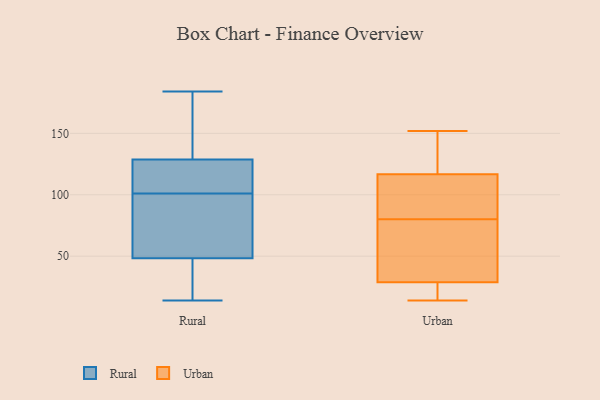
{"axis": {"x": "Headcount", "y": "Value"}, "legend": ["Rural", "Urban"], "data": [{"x": "", "y": 44, "type": "Rural"}, {"x": "", "y": 144, "type": "Rural"}, {"x": "", "y": 87, "type": "Rural"}, {"x": "", "y": 61, "type": "Rural"}, {"x": "", "y": 122, "type": "Rural"}, {"x": "", "y": 24, "type": "Rural"}, {"x": "", "y": 111, "type": "Rural"}, {"x": "", "y": 14, "type": "Rural"}, {"x": "", "y": 113, "type": "Rural"}, {"x": "", "y": 131, "type": "Rural"}, {"x": "", "y": 71, "type": "Rural"}, {"x": "", "y": 36, "type": "Rural"}, {"x": "", "y": 166, "type": "Rural"}, {"x": "", "y": 184, "type": "Rural"}, {"x": "", "y": 101, "type": "Rural"}, {"x": "", "y": 80, "type": "Urban"}, {"x": "", "y": 134, "type": "Urban"}, {"x": "", "y": 145, "type": "Urban"}, {"x": "", "y": 111, "type": "Urban"}, {"x": "", "y": 96, "type": "Urban"}, {"x": "", "y": 136, "type": "Urban"}, {"x": "", "y": 21, "type": "Urban"}, {"x": "", "y": 25, "type": "Urban"}, {"x": "", "y": 96, "type": "Urban"}, {"x": "", "y": 14, "type": "Urban"}, {"x": "", "y": 30, "type": "Urban"}, {"x": "", "y": 152, "type": "Urban"}, {"x": "", "y": 15, "type": "Urban"}, {"x": "", "y": 32, "type": "Urban"}, {"x": "", "y": 42, "type": "Urban"}, {"x": "", "y": 83, "type": "Urban"}, {"x": "", "y": 36, "type": "Urban"}]}